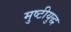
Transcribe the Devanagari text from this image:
मुष्टीयुद्ध